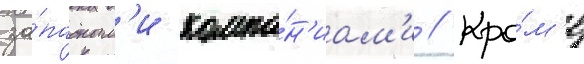
за́падным'и компа́н'иам'и // Кро́м'е